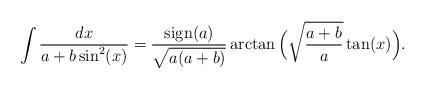
LaTeX: \begin{align*}\int \frac{dx}{a+b\sin^2(x)}=\frac{\mathrm{sign} (a)}{\sqrt{a(a+b)}}\arctan\Big(\sqrt{\frac{a+b}{a}}\tan(x)\Big).\end{align*}